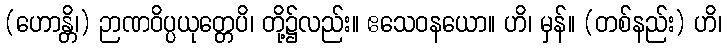
(ဟောန္တိ၊) ဉာဏဝိပ္ပယုတ္တေပိ၊ တို့၌လည်း။ ဧသေဝနယော။ ဟိ၊ မှန်။ (တစ်နည်း) ဟိ၊